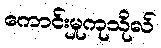
ကောင်းမှုကုသိုလ်